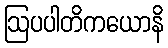
ဩပပါတိကယောနိ